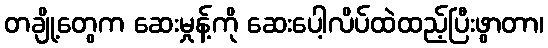
တချို့တွေက ဆေးမှုန့်ကို ဆေးပေါ့လိပ်ထဲထည့်ပြီးဖွာတာ၊